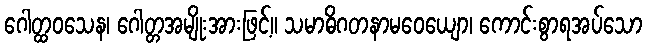
ဂေါတ္ထဝသေန၊ ဂေါတ္တအမျိုးအားဖြင့်။ သမာဓိဂတနာမဝေယျော၊ ကောင်းစွာရအပ်သော